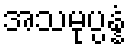
အသမုပ္ပန္နံ